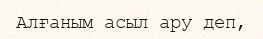
Алғаным асыл ару деп,